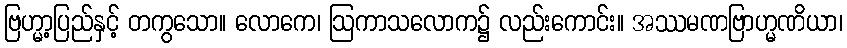
ဗြဟ္မာ့ပြည်နှင့် တကွသော။ လောကေ၊ ဩကာသလောက၌ လည်းကောင်း။ အဿမဏဗြာဟ္မဏိယာ၊